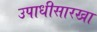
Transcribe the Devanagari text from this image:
उपाधीसारखा